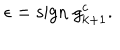
\epsilon = \mathrm { s i g n ~ } g _ { k + 1 } ^ { c } .